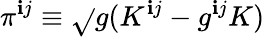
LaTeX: \pi^{\mathbf{i}j}\equiv\sqrt{}{{g}}(K^{\mathbf{i}j}-g^{\mathbf{i}j}K)